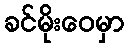
ခင်မိုးဝေမှာ